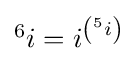
{\textstyle {}^{6}i=i^{\left({}^{5}i\right)}}